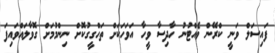
ފައިސަލް ވަނީ ކްރޭން ވެއްޓުނު ހާދިސާ ވީހާ އަވަހަކަށް ތަހްގީގުކޮށް ނިންމުމަށް ގޮވާލަައްވައިފަ